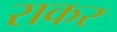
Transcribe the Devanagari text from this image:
राकर